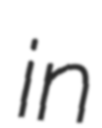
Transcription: in